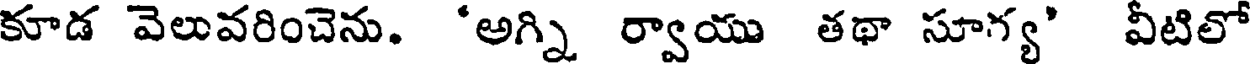
కూడ వెలువరించెను. 'అగ్ని ర్వాయు తథా సూగ్య' వీటిలో